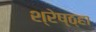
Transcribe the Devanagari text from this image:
श्रेष्ठ्हा